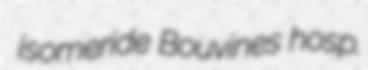
isomeride Bouvines hosp.